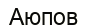
Аюпов